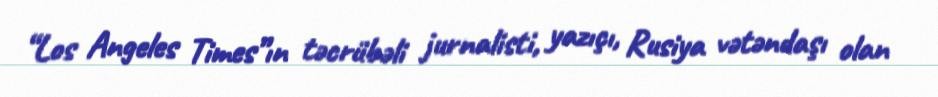
“Los Angeles Times”ın təcrübəli jurnalisti, yazıçı, Rusiya vətəndaşı olan